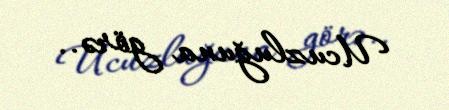
Ucuzluğuna görə..